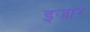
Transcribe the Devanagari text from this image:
इजार